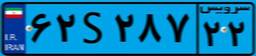
۶۲S۲۸۷۲۲